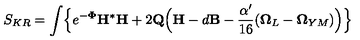
S _ { K R } = \int \Bigl \{ e ^ { - { \bf \Phi } } { \bf H } { ^ { * } { \bf H } } + 2 { \bf Q } \Bigl ( { \bf H } - d { \bf B } - \frac { \alpha ^ { \prime } } { 1 6 } ( { \bf \Omega } _ { L } - { \bf \Omega } _ { Y M } ) \Bigr ) \Bigr \}